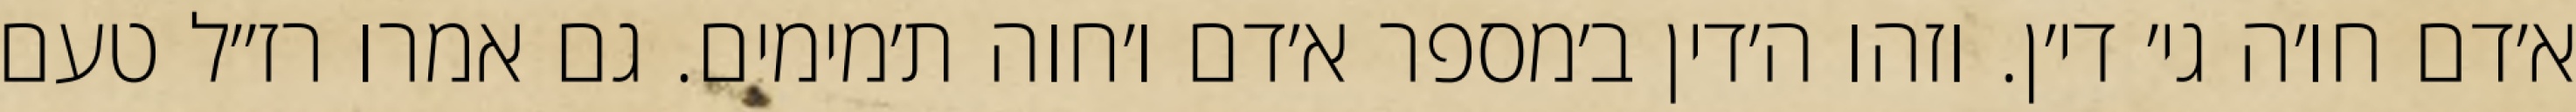
א׳דם חו׳ה גי׳ די׳ן. וזהו ה׳דין ב׳מספר א׳דם ו׳חוה ת׳מימים. גם אמרו רז״ל טעם